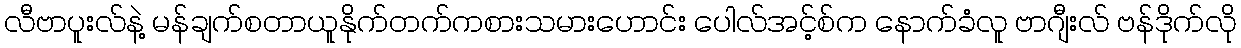
လီဗာပူးလ်နဲ့ မန်ချက်စတာယူနိုက်တက်ကစားသမားဟောင်း ပေါလ်အင့်စ်က နောက်ခံလူ ဗာဂျီးလ် ဗန်ဒိုက်လို